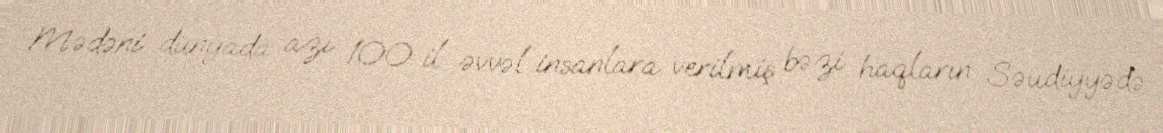
Mədəni dünyada azı 100 il əvvəl insanlara verilmiş bəzi haqların Səudiyyədə